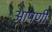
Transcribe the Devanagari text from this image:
आपणी